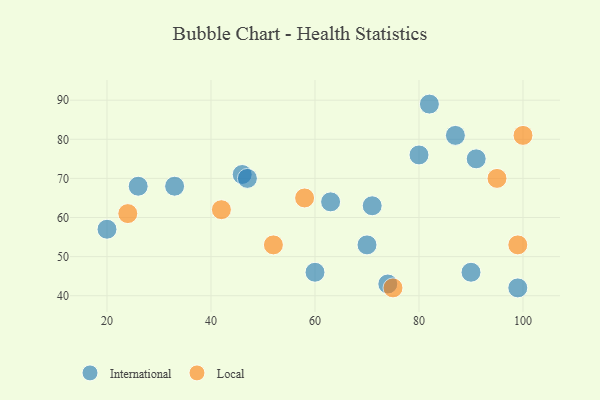
{"axis": {"x": "GDP", "y": "Life Expectancy"}, "legend": ["International", "Local"], "data": [{"x": "82", "y": 89, "type": "International"}, {"x": "99", "y": 42, "type": "International"}, {"x": "26", "y": 68, "type": "International"}, {"x": "33", "y": 68, "type": "International"}, {"x": "60", "y": 46, "type": "International"}, {"x": "74", "y": 43, "type": "International"}, {"x": "71", "y": 63, "type": "International"}, {"x": "80", "y": 76, "type": "International"}, {"x": "91", "y": 75, "type": "International"}, {"x": "20", "y": 57, "type": "International"}, {"x": "63", "y": 64, "type": "International"}, {"x": "70", "y": 53, "type": "International"}, {"x": "90", "y": 46, "type": "International"}, {"x": "46", "y": 71, "type": "International"}, {"x": "47", "y": 70, "type": "International"}, {"x": "87", "y": 81, "type": "International"}, {"x": "52", "y": 53, "type": "Local"}, {"x": "99", "y": 53, "type": "Local"}, {"x": "75", "y": 42, "type": "Local"}, {"x": "24", "y": 61, "type": "Local"}, {"x": "95", "y": 70, "type": "Local"}, {"x": "42", "y": 62, "type": "Local"}, {"x": "100", "y": 81, "type": "Local"}, {"x": "58", "y": 65, "type": "Local"}]}